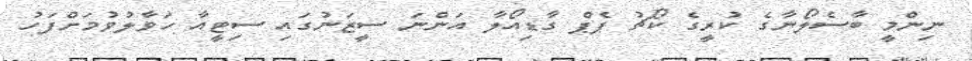
ނިންމީ ބާސެލޯނާގެ ކުރީގެ ކޯޗު ޕެޕް ގާޑިއޯލާ އަންނަ ސީޒަނުގައި ސިޓީއާ ހަވާލުވުމަށްފަހު